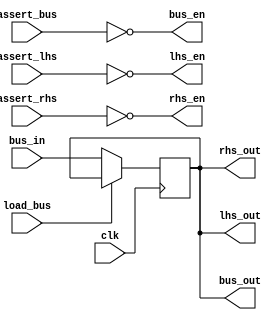
module register_gp #(
    parameter WIDTH = 8, // bus width in bits
    parameter DEFAULT_VALUE = 0 // defaults to "pulled up" (8'hff for 8 width, for example)
) (
    input clk,

    input [WIDTH-1:0] bus_in,
    input assert_bus,
    input load_bus,
    output [WIDTH-1:0] bus_out,
    output bus_en,

    input assert_lhs,
    output [WIDTH-1:0] lhs_out,
    output lhs_en,

    input assert_rhs,
    output [WIDTH-1:0] rhs_out,
    output rhs_en
);
    reg [WIDTH-1:0] value = DEFAULT_VALUE;

    // do everything at a clock edge to make timing more predictable
    always @(posedge clk) begin
        value <= !load_bus ? bus_in : value;
    end

    // note that the bus takes care enable behavior, so we just output the data at all times
    assign bus_out = value;
    assign bus_en = ~assert_bus;

    assign lhs_out = value;
    assign lhs_en = ~assert_lhs;

    assign rhs_out = value;
    assign rhs_en = ~assert_rhs;

endmodule